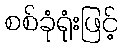
စစ်ခုံရုံးဖြင့်